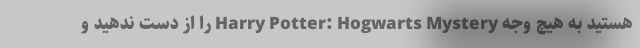
هستید به هیچ وجه Harry Potter: Hogwarts Mystery را از دست ندهید و